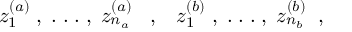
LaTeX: z _ { 1 } ^ { ( a ) } \; , \; . \; . \; . \; , \; z _ { n _ { a } } ^ { ( a ) } \; \; \; , \; \; \; z _ { 1 } ^ { ( b ) } \; , \; . \; . \; . \; , \; z _ { n _ { b } } ^ { ( b ) } \; \; ,